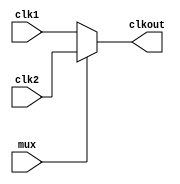
`timescale 1ns / 1ps
//////////////////////////////////////////////////////////////////////////////////
// Company: 
// Engineer: 
// 
// Design Name: 
// Module Name: mux_timer
// Project Name: 
// Target Devices: 
// Tool Versions: 
// Description: 
// 
// Dependencies: 
// 
// Revision:
// Revision 0.01 - File Created
// Additional Comments:
// 
//////////////////////////////////////////////////////////////////////////////////


module mux_timer(
    input mux,
    input clk1,
    input clk2,
    output reg clkout
    );
    always @(mux)
        if(~mux)
            clkout <= clk1;
        else
            clkout <= clk2;
endmodule